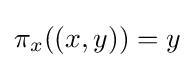
\pi _{x}((x,y))=y